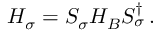
H _ { \sigma } = S _ { \sigma } H _ { B } S _ { \sigma } ^ { \dagger } \, .